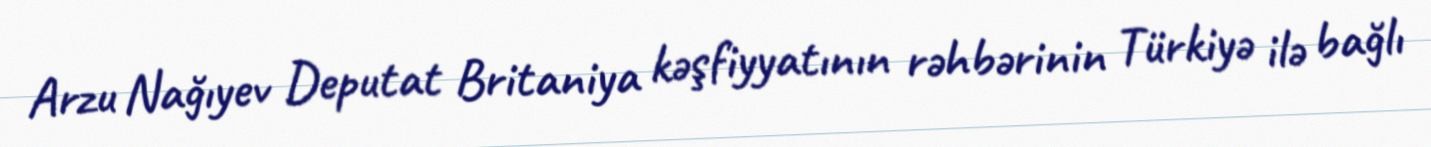
Arzu Nağıyev Deputat Britaniya kəşfiyyatının rəhbərinin Türkiyə ilə bağlı